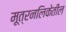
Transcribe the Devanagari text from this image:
मूत्रनलिकेतील